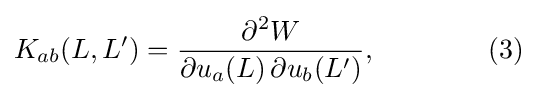
K_{ab}(L,L')={\frac {\partial ^{2}W}{\partial u_{a}(L)\,\partial u_{b}(L')}},\qquad \qquad (3)